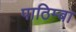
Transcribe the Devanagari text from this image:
पाठिम्बा